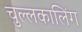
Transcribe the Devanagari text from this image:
चुल्लकालिंग